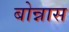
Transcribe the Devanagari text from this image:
बोन्नास